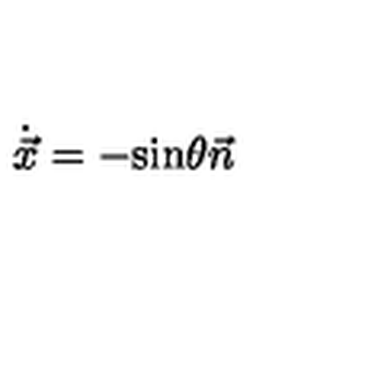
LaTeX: { \dot { \vec { x } } } = - \mathrm { s i n } \theta \vec { n }